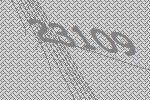
23109